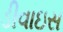
ડીવાઇસ